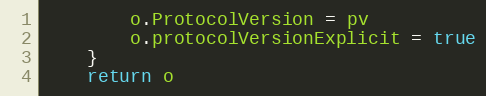
Language: Go
		o.ProtocolVersion = pv
		o.protocolVersionExplicit = true
	}
	return o